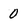
Character: 0